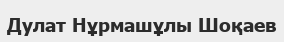
Дулат Нұрмашұлы Шоқаев